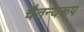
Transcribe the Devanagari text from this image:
चैतन्यरूप